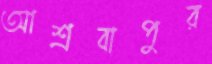
আশ্রবাপুর